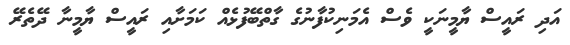
އަދި ރައީސް ޔާމީނަކީ ވެސް އެމަނިކުފާނުގެ ގާތްބޭފުޅެއް ކަމަށާއި ރައީސް ޔާމީނާ ދޭތެރޭ